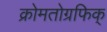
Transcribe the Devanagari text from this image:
क्रोमतोग्रफिक्